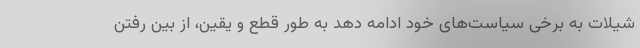
شیلات به برخی سیاست‌های خود ادامه دهد به طور قطع و یقین، از بین رفتن